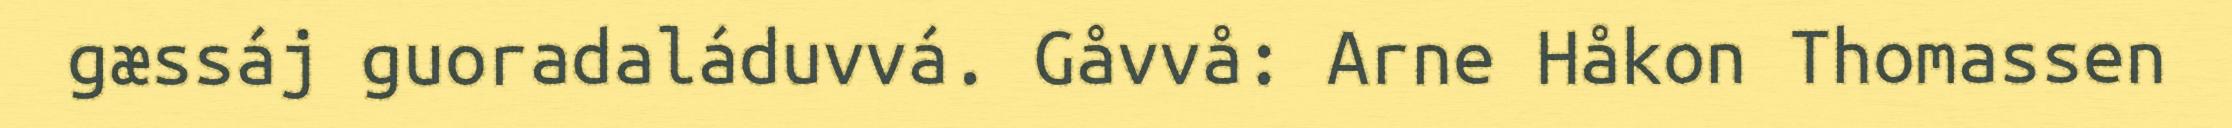
gæssáj guoradaláduvvá. Gåvvå: Arne Håkon Thomassen